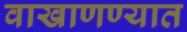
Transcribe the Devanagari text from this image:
वाखाणण्यात